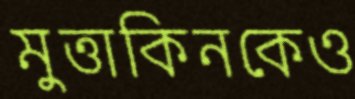
মুত্তাকিনকেও